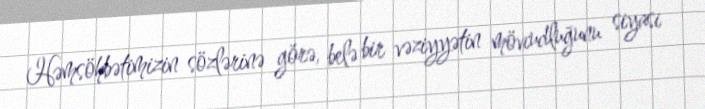
Həmsöhbətimizin sözlərinə görə, belə bir vəziyyətin mövcudluğunu siyasi